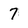
Character: 7